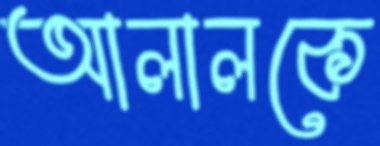
আলালকে